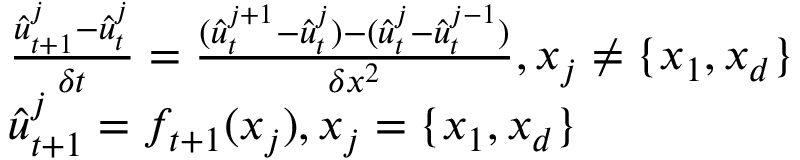
\begin{array} { r l } & { \frac { \hat { u } _ { t + 1 } ^ { j } - \hat { u } _ { t } ^ { j } } { \delta t } = \frac { ( \hat { u } _ { t } ^ { j + 1 } - \hat { u } _ { t } ^ { j } ) - ( \hat { u } _ { t } ^ { j } - \hat { u } _ { t } ^ { j - 1 } ) } { \delta x ^ { 2 } } , x _ { j } \neq \{ x _ { 1 } , x _ { d } \} } \\ & { \hat { u } _ { t + 1 } ^ { j } = f _ { t + 1 } ( x _ { j } ) , x _ { j } = \{ x _ { 1 } , x _ { d } \} } \end{array}